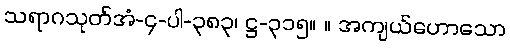
သရာဂသုတ်အံ-၄-ပါ-၃၈၃၊ ဋ္ဌ-၃၁၅။ ။ အကျယ်ဟောသော